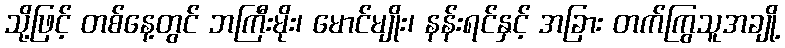
သို့ဖြင့် တစ်နေ့တွင် ဘကြီးမိုး၊ မောင်မျိုး၊ နန်းရင်နှင့် အခြား တက်ကြွသူအချို့